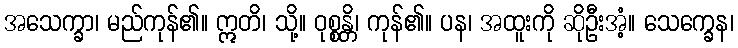
အသေက္ခာ၊ မည်ကုန်၏။ ဣတိ၊ သို့။ ဝုစ္စန္တိ၊ ကုန်၏။ ပန၊ အထူးကို ဆိုဦးအံ့။ သေက္ခေန၊